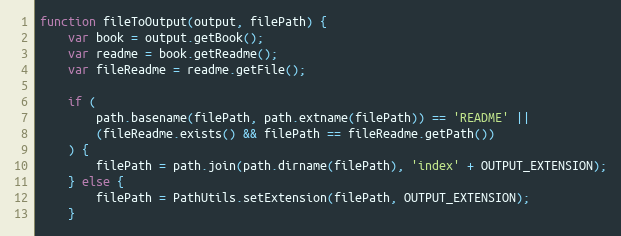
Language: JavaScript
function fileToOutput(output, filePath) {
    var book = output.getBook();
    var readme = book.getReadme();
    var fileReadme = readme.getFile();

    if (
        path.basename(filePath, path.extname(filePath)) == 'README' ||
        (fileReadme.exists() && filePath == fileReadme.getPath())
    ) {
        filePath = path.join(path.dirname(filePath), 'index' + OUTPUT_EXTENSION);
    } else {
        filePath = PathUtils.setExtension(filePath, OUTPUT_EXTENSION);
    }